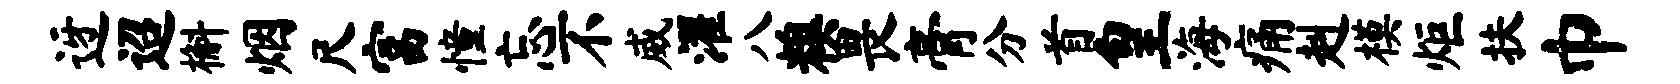
迓迢槲烟尺富憧忘不威濯八糗畏膏分首皇海痛赳模炬扶巾